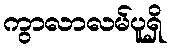
ကွာလာလမ်ပူရှိ